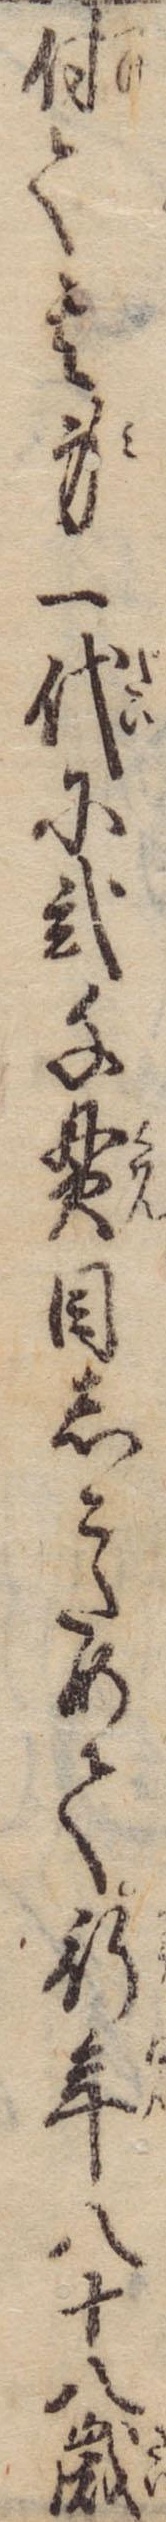
付て其身一代に弐千貫目しこためて行年八十八歳